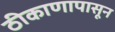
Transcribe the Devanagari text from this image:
ठीकाणापासून